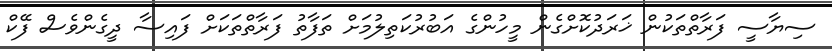
ސިޔާސީ ފަރާތްތަކުން ޚަރަދުކޮށްގެން މީހުންގެ އަބުރުކަތިލުމަށް ތަފާތު ފަރާތްތަކަށް ފައިސާ ދީގެންވެސް ފޭކް